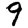
Digit: 9